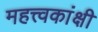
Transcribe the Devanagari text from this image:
महत्त्वकांक्षी